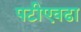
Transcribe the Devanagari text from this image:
पटीएवढा